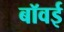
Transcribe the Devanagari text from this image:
बॉवई